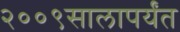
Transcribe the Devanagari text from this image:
२००९सालापर्यंत